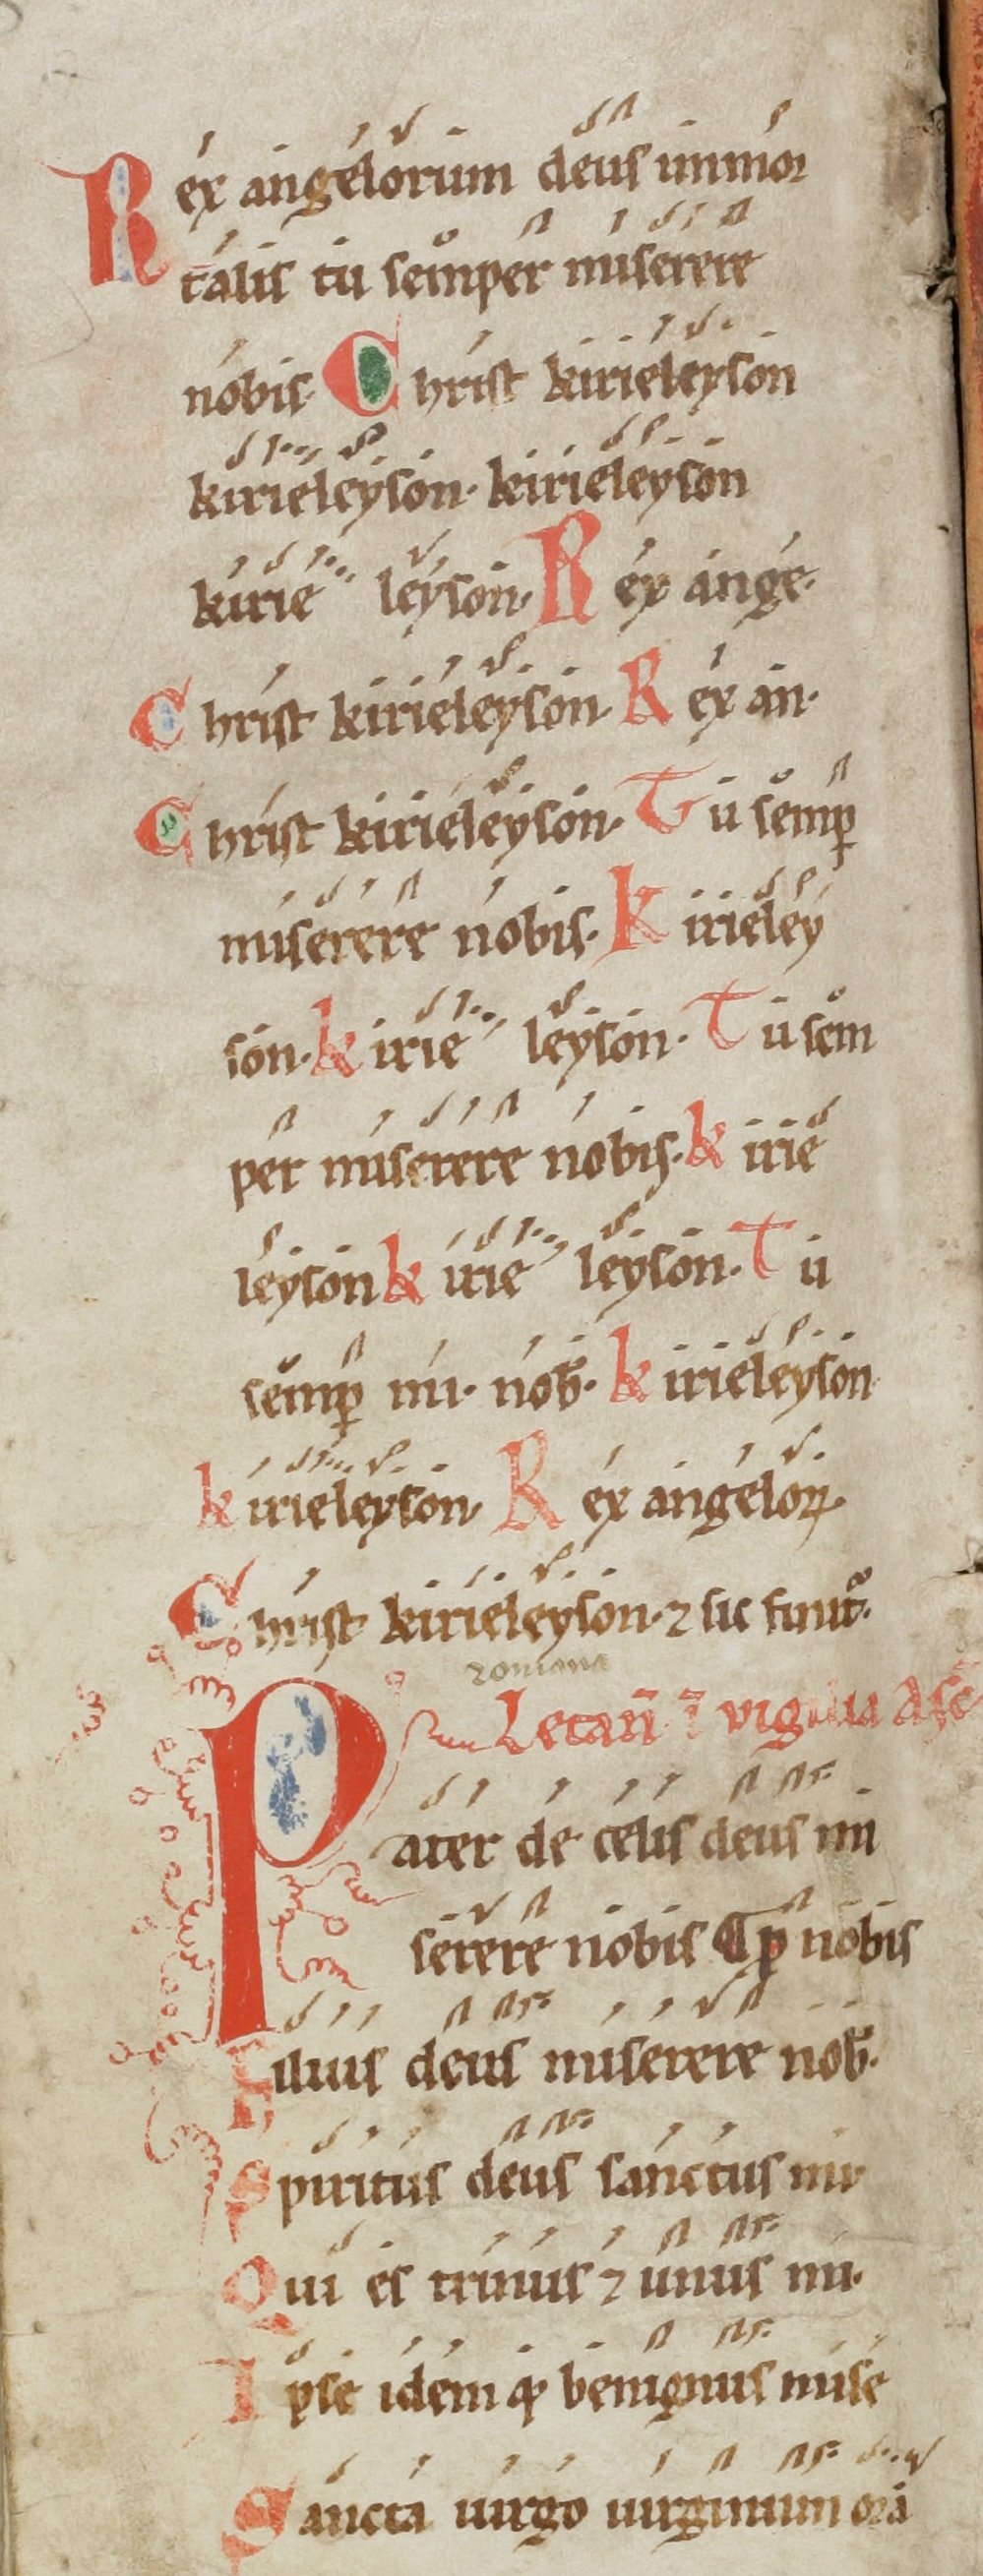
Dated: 1100–1199